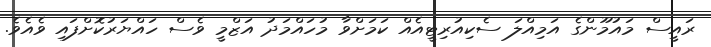
ރައީސް މައުމޫންގެ އަމިއްލަ ސެކިއުރިޓީއެއް ކަމަށްވާ މުހައްމަދު އަޒްމީ ވެސް ހައްޔަރުކޮށްފައި ވެއެވެ.